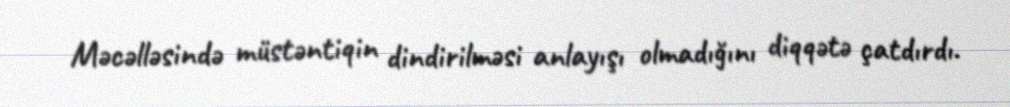
Məcəlləsində müstəntiqin dindirilməsi anlayışı olmadığını diqqətə çatdırdı.